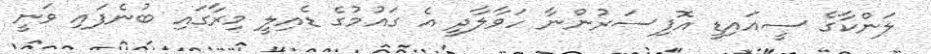
ލަންކާގެ ސީއައިޑީ އޮފިސަރުންނާ ހަވާލާދީ އެ ގައުމުގެ ޑެއިލީ މިރާގައި ބުނެފައި ވަނީ